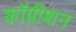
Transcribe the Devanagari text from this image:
कॉग्नीशन